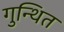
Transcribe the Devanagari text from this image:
गुन्थित